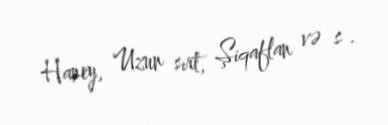
Haney, Uzun sırt, Şiqaflan və s .